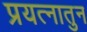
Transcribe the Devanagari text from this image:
प्रयत्नातुन